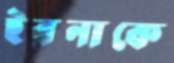
ইরনাকে